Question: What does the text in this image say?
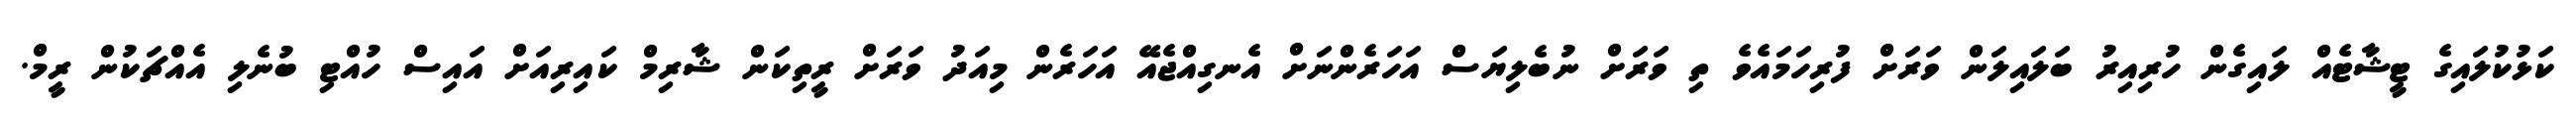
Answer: ކަޅުކުލައިގެ ޓީޝާޓެއް ލައިގެން ހުރިއިރު ބަލައިލަން ވަރަށް ފުރިހަމައެވެ ތި ވަރަށް ނުބެލިޔަސް އަހަރެންނަށް އެނގިއްޖެއޭ އަހަރެން މިއަދު ވަރަށް ރީތިކަން ޝާރިމް ކައިރިއަށް އައިސް ހުއްޓި ބުނެލި އެއްޗަކުން ރީމް.